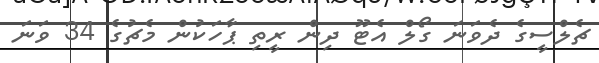
ޗެލްސީގެ ދެވަނަ ގޯލް އެޓޫ ދިން ރީތި ޕާހަކުން މެޗުގެ 34 ވަނަ